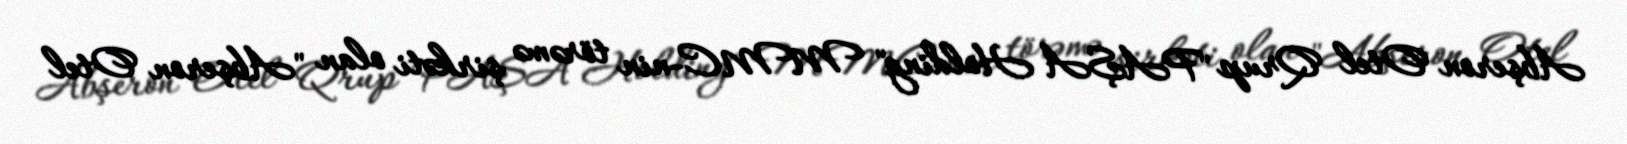
Abşeron Otel Qrup "PAŞA Holding" MMC-nin törəmə şirkəti olan "Abşeron Otel